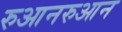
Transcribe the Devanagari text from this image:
रुआनरुआन